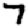
Digit: 7